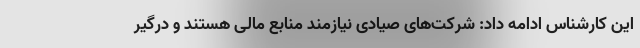
این کارشناس ادامه داد: شرکت‌های صیادی نیازمند منابع مالی هستند و درگیر